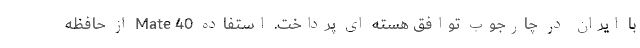
با ایران در چارجوب توافق هسته ای پرداخت. استفاده 40 Mate از حافظه